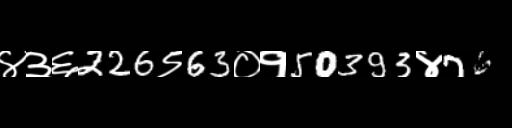
Text: ४३६226९63०१50393४76